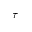
\tau